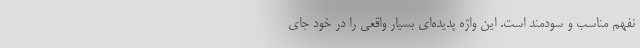
نفهم مناسب و سودمند است. این واژه پدیده‌ای بسیار واقعی را در خود جای